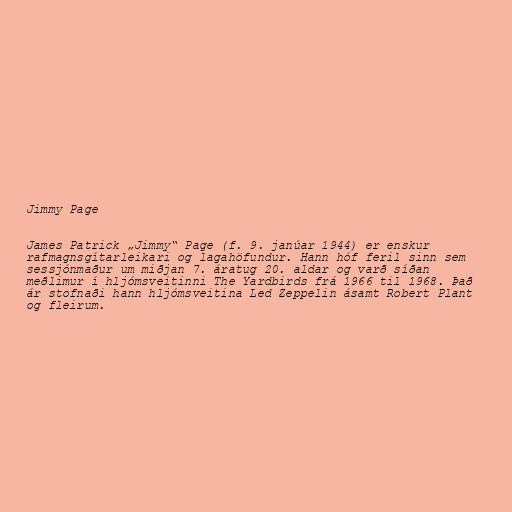
Jimmy Page

James Patrick „Jimmy“ Page (f. 9. janúar 1944) er enskur
rafmagnsgítarleikari og lagahöfundur. Hann hóf feril sinn sem
sessjónmaður um miðjan 7. áratug 20. aldar og varð síðan
meðlimur í hljómsveitinni The Yardbirds frá 1966 til 1968. Það
ár stofnaði hann hljómsveitina Led Zeppelin ásamt Robert Plant
og fleirum.